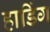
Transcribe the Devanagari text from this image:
हाडिंग